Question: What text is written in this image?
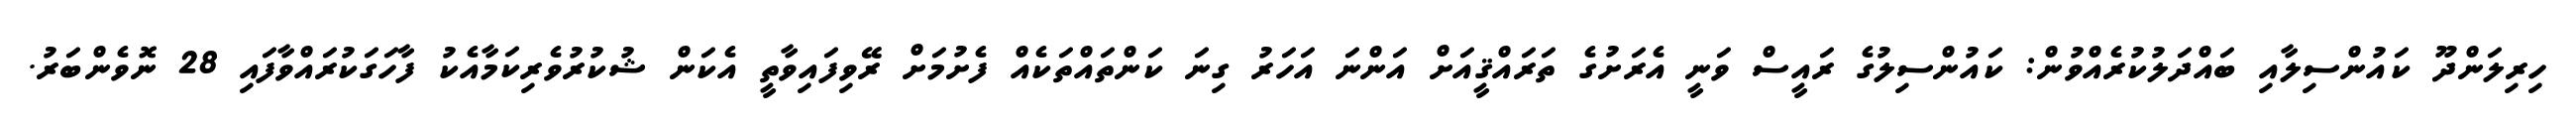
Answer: ހިރިލަންދޫ ކައުންސިލާއި ބައްދަލުކުރެއްވުން: ކައުންސިލުގެ ރައީސް ވަނީ އެރަށުގެ ތަރައްޤީއަށް އަންނަ އަހަރު ގިނަ ކަންތައްތަކެއް ފެށުމަށް ރޭވިފައިވާތީ އެކަން ޝުކުރުވެރިކަމާއެކު ފާހަގަކުރައްވާފައި 28 ނޮވެންބަރު.